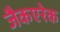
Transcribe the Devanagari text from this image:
जैकएरेक